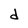
Character: d